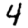
Digit: 4